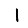
Digit: 1